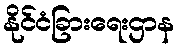
နိုင်ငံခြားရေးဌာန